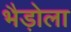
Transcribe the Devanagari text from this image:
भैड़ोला